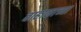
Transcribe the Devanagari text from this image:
वाहाकाच्या